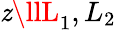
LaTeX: \mathit{z}\llL_{1},L_{2}